Leprosy in India: report of the Leprosy Commission in India, 1890-91
Year: 1890
Disease focus: Leprosy
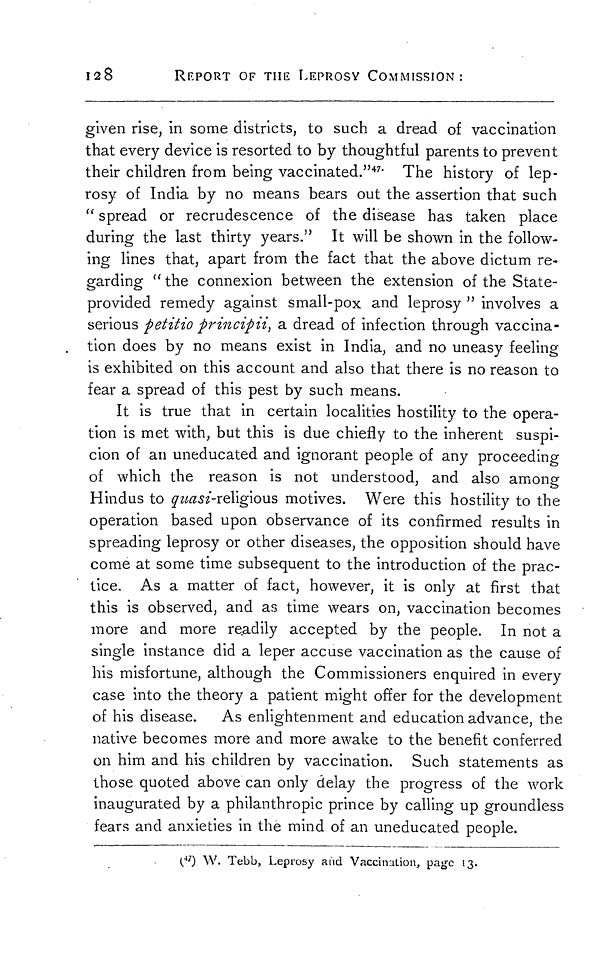
128
REPORT OF THE LEPROSY COMMISSION:
given rise, in some districts, to such a dread of vaccination
that every device is resorted to by thoughtful parents to prevent
their children from being vaccinated." 47. The history of lep-
rosy of India by no means bears out the assertion that such
" spread or recrudescence of the disease has taken place
during the last thirty years." It will be shown in the follow-
ing lines that, apart from the fact that the above dictum re-
garding " the connexion between the extension of the State-
provided remedy against small-pox and leprosy " involves a
serious petitio principii, a dread of infection through vaccina-
tion does by no means exist in India, and no uneasy feeling
is exhibited on this account and also that there is no reason to
fear a spread of this pest by such means.
It is true that in certain localities hostility to the opera-
tion is met with, but this is due chiefly to the inherent suspi-
cion of an uneducated and ignorant people of any proceeding
of which the reason is not understood, and also among
Hindus to quasi -religious motives. Were this hostility to the
operation based upon observance of its confirmed results in
spreading leprosy or other diseases, the opposition should have
come at some time subsequent to the introduction of the prac-
tice. As a matter of fact, however, it is only at first that
this is observed, and as time wears on, vaccination becomes
more and more readily accepted by the people. In not a
single instance did a leper accuse vaccination as the cause of
his misfortune, although the Commissioners enquired in every
case into the theory a patient might offer for the development
of his disease. As enlightenment and education advance, the
native becomes more and more awake to the benefit conferred
on him and his children by vaccination. Such statements as
those quoted above can only delay the progress of the work
inaugurated by a philanthropic prince by calling up groundless
fears and anxieties in the mind of an uneducated people.
( 47 ) W. Tebb, Leprosy and Vaccination, page 13.